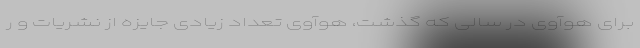
برای هوآوی در سالی که گذشت، هوآوی تعداد زیادی جایزه از نشریات و ر